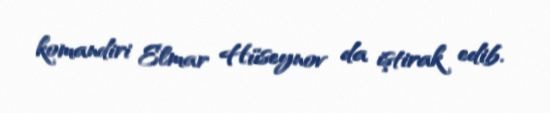
komandiri Elmar Hüseynov da iştirak edib.